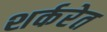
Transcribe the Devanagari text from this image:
शर्करेत